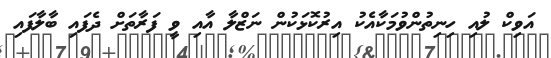
އަވިކް ލުއި ހިނިތުންވުމަކާއެކު އިރުކޮޅަކުން ނަޒްލާ އާއި ވީ ފަރާތަށް ދެފައި ބާލާފައި